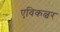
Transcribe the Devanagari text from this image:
एविकल्चर